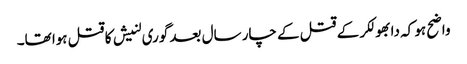
واضح ہو کہ دابھولکر کے قتل کے چار سال بعد گوری لنیش کا قتل ہوا تھا۔